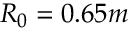
R _ { 0 } = 0 . 6 5 m